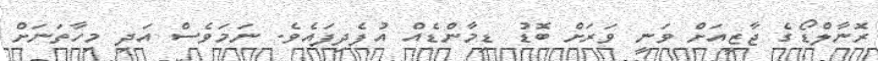
ރޮނާލްޑޯގެ ޖާޒީއަށް ވަނީ ވަރަށް ބޮޑު ޑިމާންޑެއް އުފެދިފައެވެ. ނަމަވެސް އަދި މިހާތަނަށް